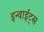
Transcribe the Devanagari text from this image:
इन्वाईट्स